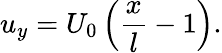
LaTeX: u_{y}=U_{0}\left(\frac{x}{l}-1\right).